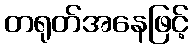
တရုတ်အနေဖြင့်